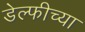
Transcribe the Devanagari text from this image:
डेल्फीच्या